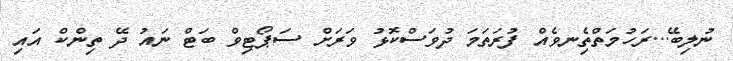
ނުލިބޭ...ރަހުމަތްތެިނވެއް ފުރަތަމަ ދުވަސްކޮޅު ވަރަށް ސަޕޯޓިވް ބަޓް ނައު ދޭ ތިންކް އައި